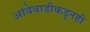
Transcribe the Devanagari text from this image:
आंबेवाडीकडूनही